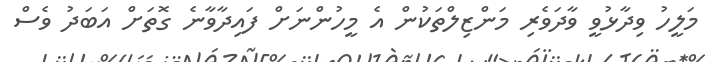
މަލީހު ވިދާޅުވީ ވާދަވެރި މަންޒިލްތަކުން އެ މީހުންނަށް ފައިދާވާނެ ގޮތަށް އަބަދު ވެސް